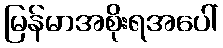
မြန်မာအစိုးရအပေါ်